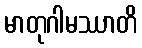
မာတုဂါမဿာတိ